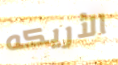
الأريكه